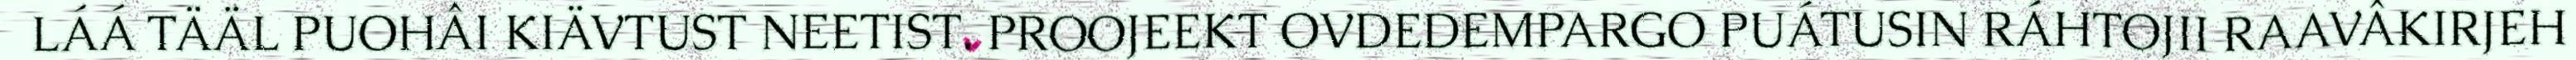
LÁÁ TÄÄL PUOHÂI KIÄVTUST NEETIST. PROOJEEKT OVDEDEMPARGO PUÁTUSIN RÁHTOJII RAAVÂKIRJEH